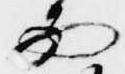
西